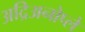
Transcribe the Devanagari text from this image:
अद्रिअनोप्ले